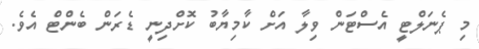
މި ޕެނަލްޓީ އެސްޓަން ވިލާ އަށް ކާމިޔާބު ކޮށްދިނީ ޑެރަން ބެންޓް އެވެ.